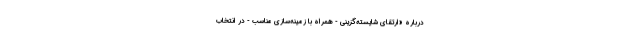
درباره «ارتقای شایسته‌گزینی - همراه با زمینه‌سازی مناسب - در انتخاب